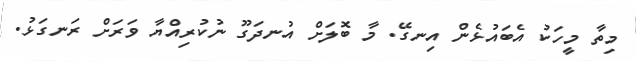
މިތާ މީހަކު އެބައުޅެން އިނގޭ. މާ ބޮލަށް އުނދަގޫ ނުކުރިއްޔާ ވަރަށް ރަނގަޅު.